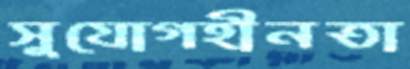
সুযোগহীনতা